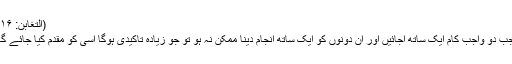
(التغابن: ۱۶)
جب دو واجب کام ایک ساتھ آجائیں اور ان دونوں کو ایک ساتھ انجام دینا ممکن نہ ہو تو جو زیادہ تاکیدی ہوگا اسی کو مقدم کیا جائے گا۔